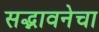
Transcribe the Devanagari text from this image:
सद्भावनेचा